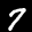
Label: 7